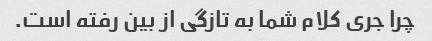
چرا جری کلام شما به تازگی از بین رفته است.